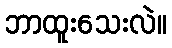
ဘာထူးသေးလဲ။